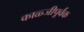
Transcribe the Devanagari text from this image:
काळ्जीपूर्वक